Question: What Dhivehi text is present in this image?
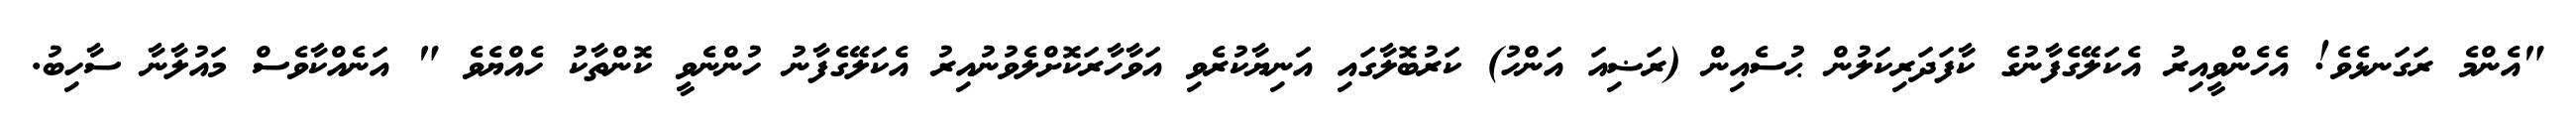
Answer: "އެންމެ ރަގަނޅެވެ! އެހެންވީއިރު އެކަލޭގެފާނުގެ ކާފަދަރިކަލުން ޙުސެއިން (ރަޟިއަ އަންހު) ކަރުބޮލާގައި އަނިޔާކުރެވި އަވާހާރަކޮށްލެވުނުއިރު އެކަލޭގެފާނު ހުންނެވީ ކޮންތާކު ހެއްޔެވެ " އަނެއްކާވެސް މައުލާނާ ސާހިބު.